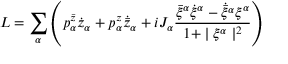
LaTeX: L = \sum _ { \alpha } \left( p _ { \alpha } ^ { \bar { z } } \dot { z } _ { \alpha } + p _ { \alpha } ^ { z } \dot { { \bar { z } } } _ { \alpha } + i J _ { \alpha } \frac { { \bar { \xi } } ^ { \alpha } \dot { \xi } ^ { \alpha } - \dot { \bar { \xi } ^ { \alpha } } \xi ^ { \alpha } } { 1 + \mid \xi ^ { \alpha } \mid ^ { 2 } } \right)